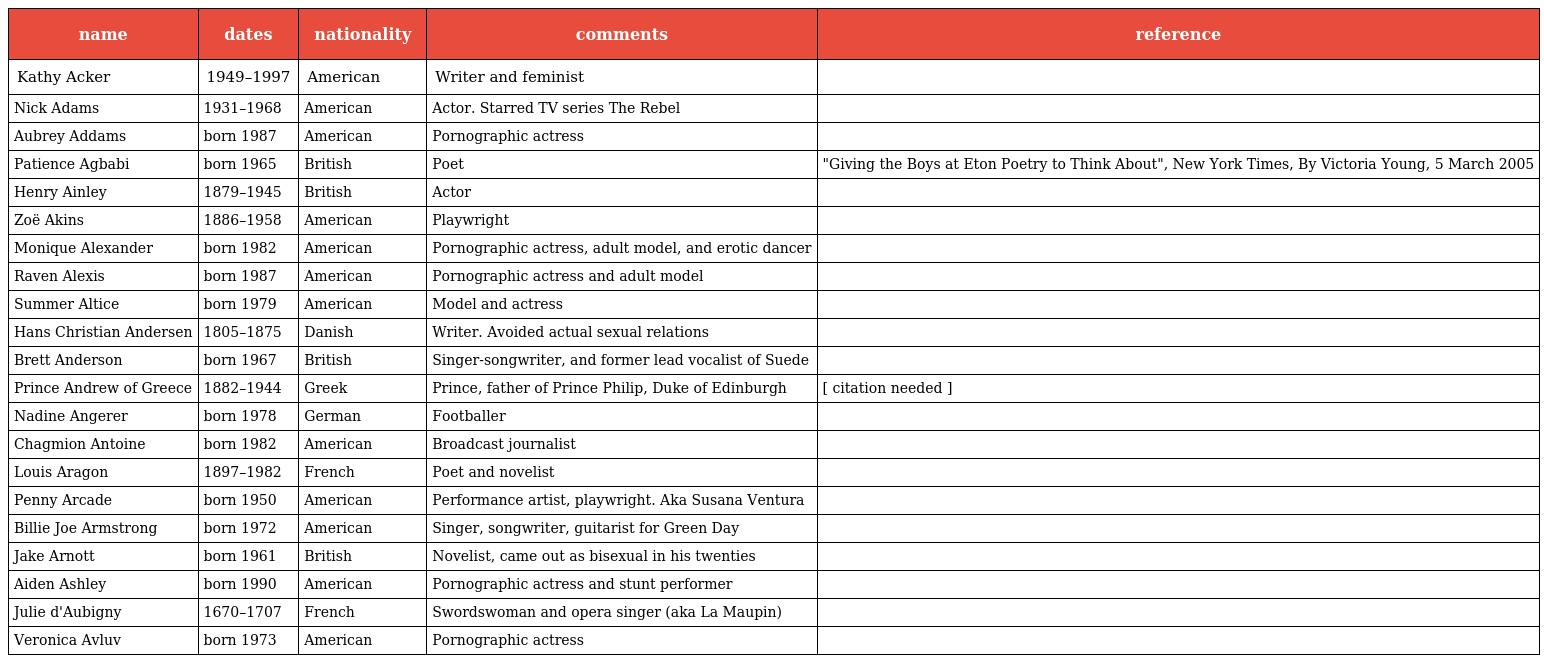
| name | dates | nationality | comments | reference |
 | --- | --- | --- | --- | --- |
 | Kathy Acker | 1949–1997 | American | Writer and feminist |  |
 | Nick Adams | 1931–1968 | American | Actor. Starred TV series The Rebel |  |
 | Aubrey Addams | born 1987 | American | Pornographic actress |  |
 | Patience Agbabi | born 1965 | British | Poet | "Giving the Boys at Eton Poetry to Think About", New York Times, By Victoria Young, 5 March 2005 |
 | Henry Ainley | 1879–1945 | British | Actor |  |
 | Zoë Akins | 1886–1958 | American | Playwright |  |
 | Monique Alexander | born 1982 | American | Pornographic actress, adult model, and erotic dancer |  |
 | Raven Alexis | born 1987 | American | Pornographic actress and adult model |  |
 | Summer Altice | born 1979 | American | Model and actress |  |
 | Hans Christian Andersen | 1805–1875 | Danish | Writer. Avoided actual sexual relations |  |
 | Brett Anderson | born 1967 | British | Singer-songwriter, and former lead vocalist of Suede |  |
 | Prince Andrew of Greece | 1882–1944 | Greek | Prince, father of Prince Philip, Duke of Edinburgh | [ citation needed ] |
 | Nadine Angerer | born 1978 | German | Footballer |  |
 | Chagmion Antoine | born 1982 | American | Broadcast journalist |  |
 | Louis Aragon | 1897–1982 | French | Poet and novelist |  |
 | Penny Arcade | born 1950 | American | Performance artist, playwright. Aka Susana Ventura |  |
 | Billie Joe Armstrong | born 1972 | American | Singer, songwriter, guitarist for Green Day |  |
 | Jake Arnott | born 1961 | British | Novelist, came out as bisexual in his twenties |  |
 | Aiden Ashley | born 1990 | American | Pornographic actress and stunt performer |  |
 | Julie d'Aubigny | 1670–1707 | French | Swordswoman and opera singer (aka La Maupin) |  |
 | Veronica Avluv | born 1973 | American | Pornographic actress |  |